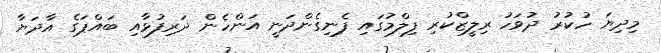
މިދިޔަ ހުކުރު ދުވަހު ރިލީޒްކުރި ފިލްމުގައި ފެނިގެންދަނީ އަންހެން ދަރިފުޅާއި ބައްޕަގެ އާދަޔާ